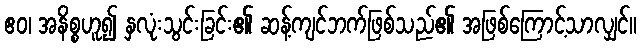
ဧဝ၊ အနိစ္စဟူ၍ နှလုံးသွင်းခြင်း၏ ဆန့်ကျင်ဘက်ဖြစ်သည်၏ အဖြစ်ကြောင့်သာလျှင်။